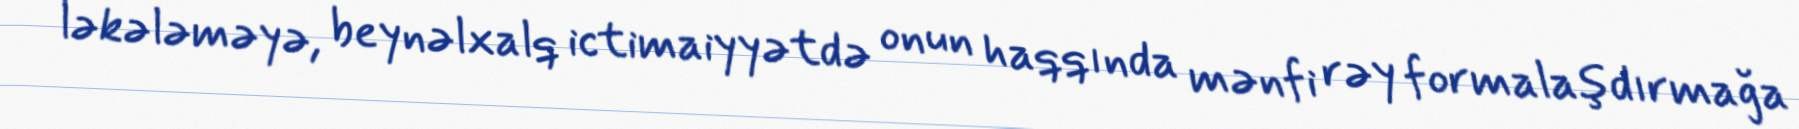
ləkələməyə, beynəlxalq ictimaiyyətdə onun haqqında mənfi rəy formalaşdırmağa